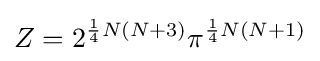
Z=2^{{\frac {1}{4}}N(N+3)}\pi ^{{\frac {1}{4}}N(N+1)}